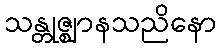
သန္တုဇ္ဈာနသညိနော